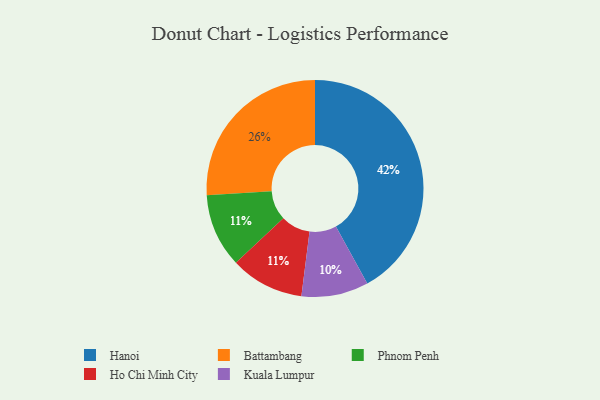
{"axis": {"x": "Category", "y": "Percentage"}, "legend": ["Battambang", "Hanoi", "Ho Chi Minh City", "Kuala Lumpur", "Phnom Penh"], "data": [{"x": "Battambang", "y": 26, "type": "Battambang"}, {"x": "Kuala Lumpur", "y": 10, "type": "Kuala Lumpur"}, {"x": "Hanoi", "y": 42, "type": "Hanoi"}, {"x": "Phnom Penh", "y": 11, "type": "Phnom Penh"}, {"x": "Ho Chi Minh City", "y": 11, "type": "Ho Chi Minh City"}]}